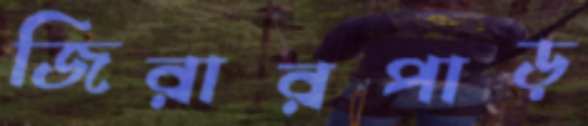
জিরারপাড়